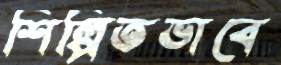
শিল্পিতভাবে